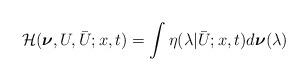
LaTeX: \begin{align*}\mathcal{H}(\boldsymbol{\nu},U,\bar{U};x,t)=\int \eta(\lambda|\bar{U};x,t)d\boldsymbol{\nu}(\lambda)\end{align*}